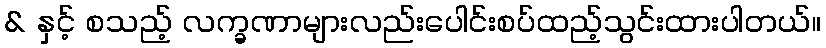
& နှင့် စသည့် လက္ခဏာများလည်းပေါင်းစပ်ထည့်သွင်းထားပါတယ်။